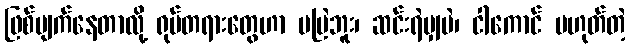
ဖြစ်ပျက်နေတာလို့ ရုပ်တရားတွေဟာ မမြဲဘူး၊ ဆင်းရဲမျှပဲ၊ ငါကောင် မဟုတ်တဲ့